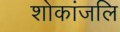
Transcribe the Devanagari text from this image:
शोकांजलि